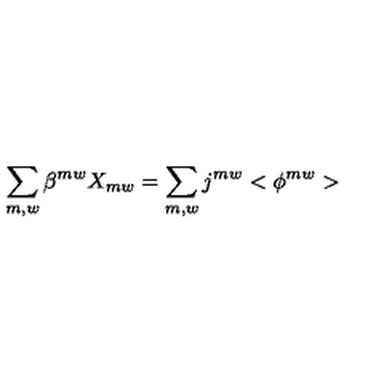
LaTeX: \sum _ { m , w } \beta ^ { m w } X _ { m w } = \sum _ { m , w } j ^ { m w } < \phi ^ { m w } >